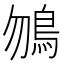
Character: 𩾲